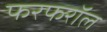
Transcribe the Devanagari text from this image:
फरफरॉल